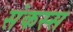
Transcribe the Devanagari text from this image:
संकस्स